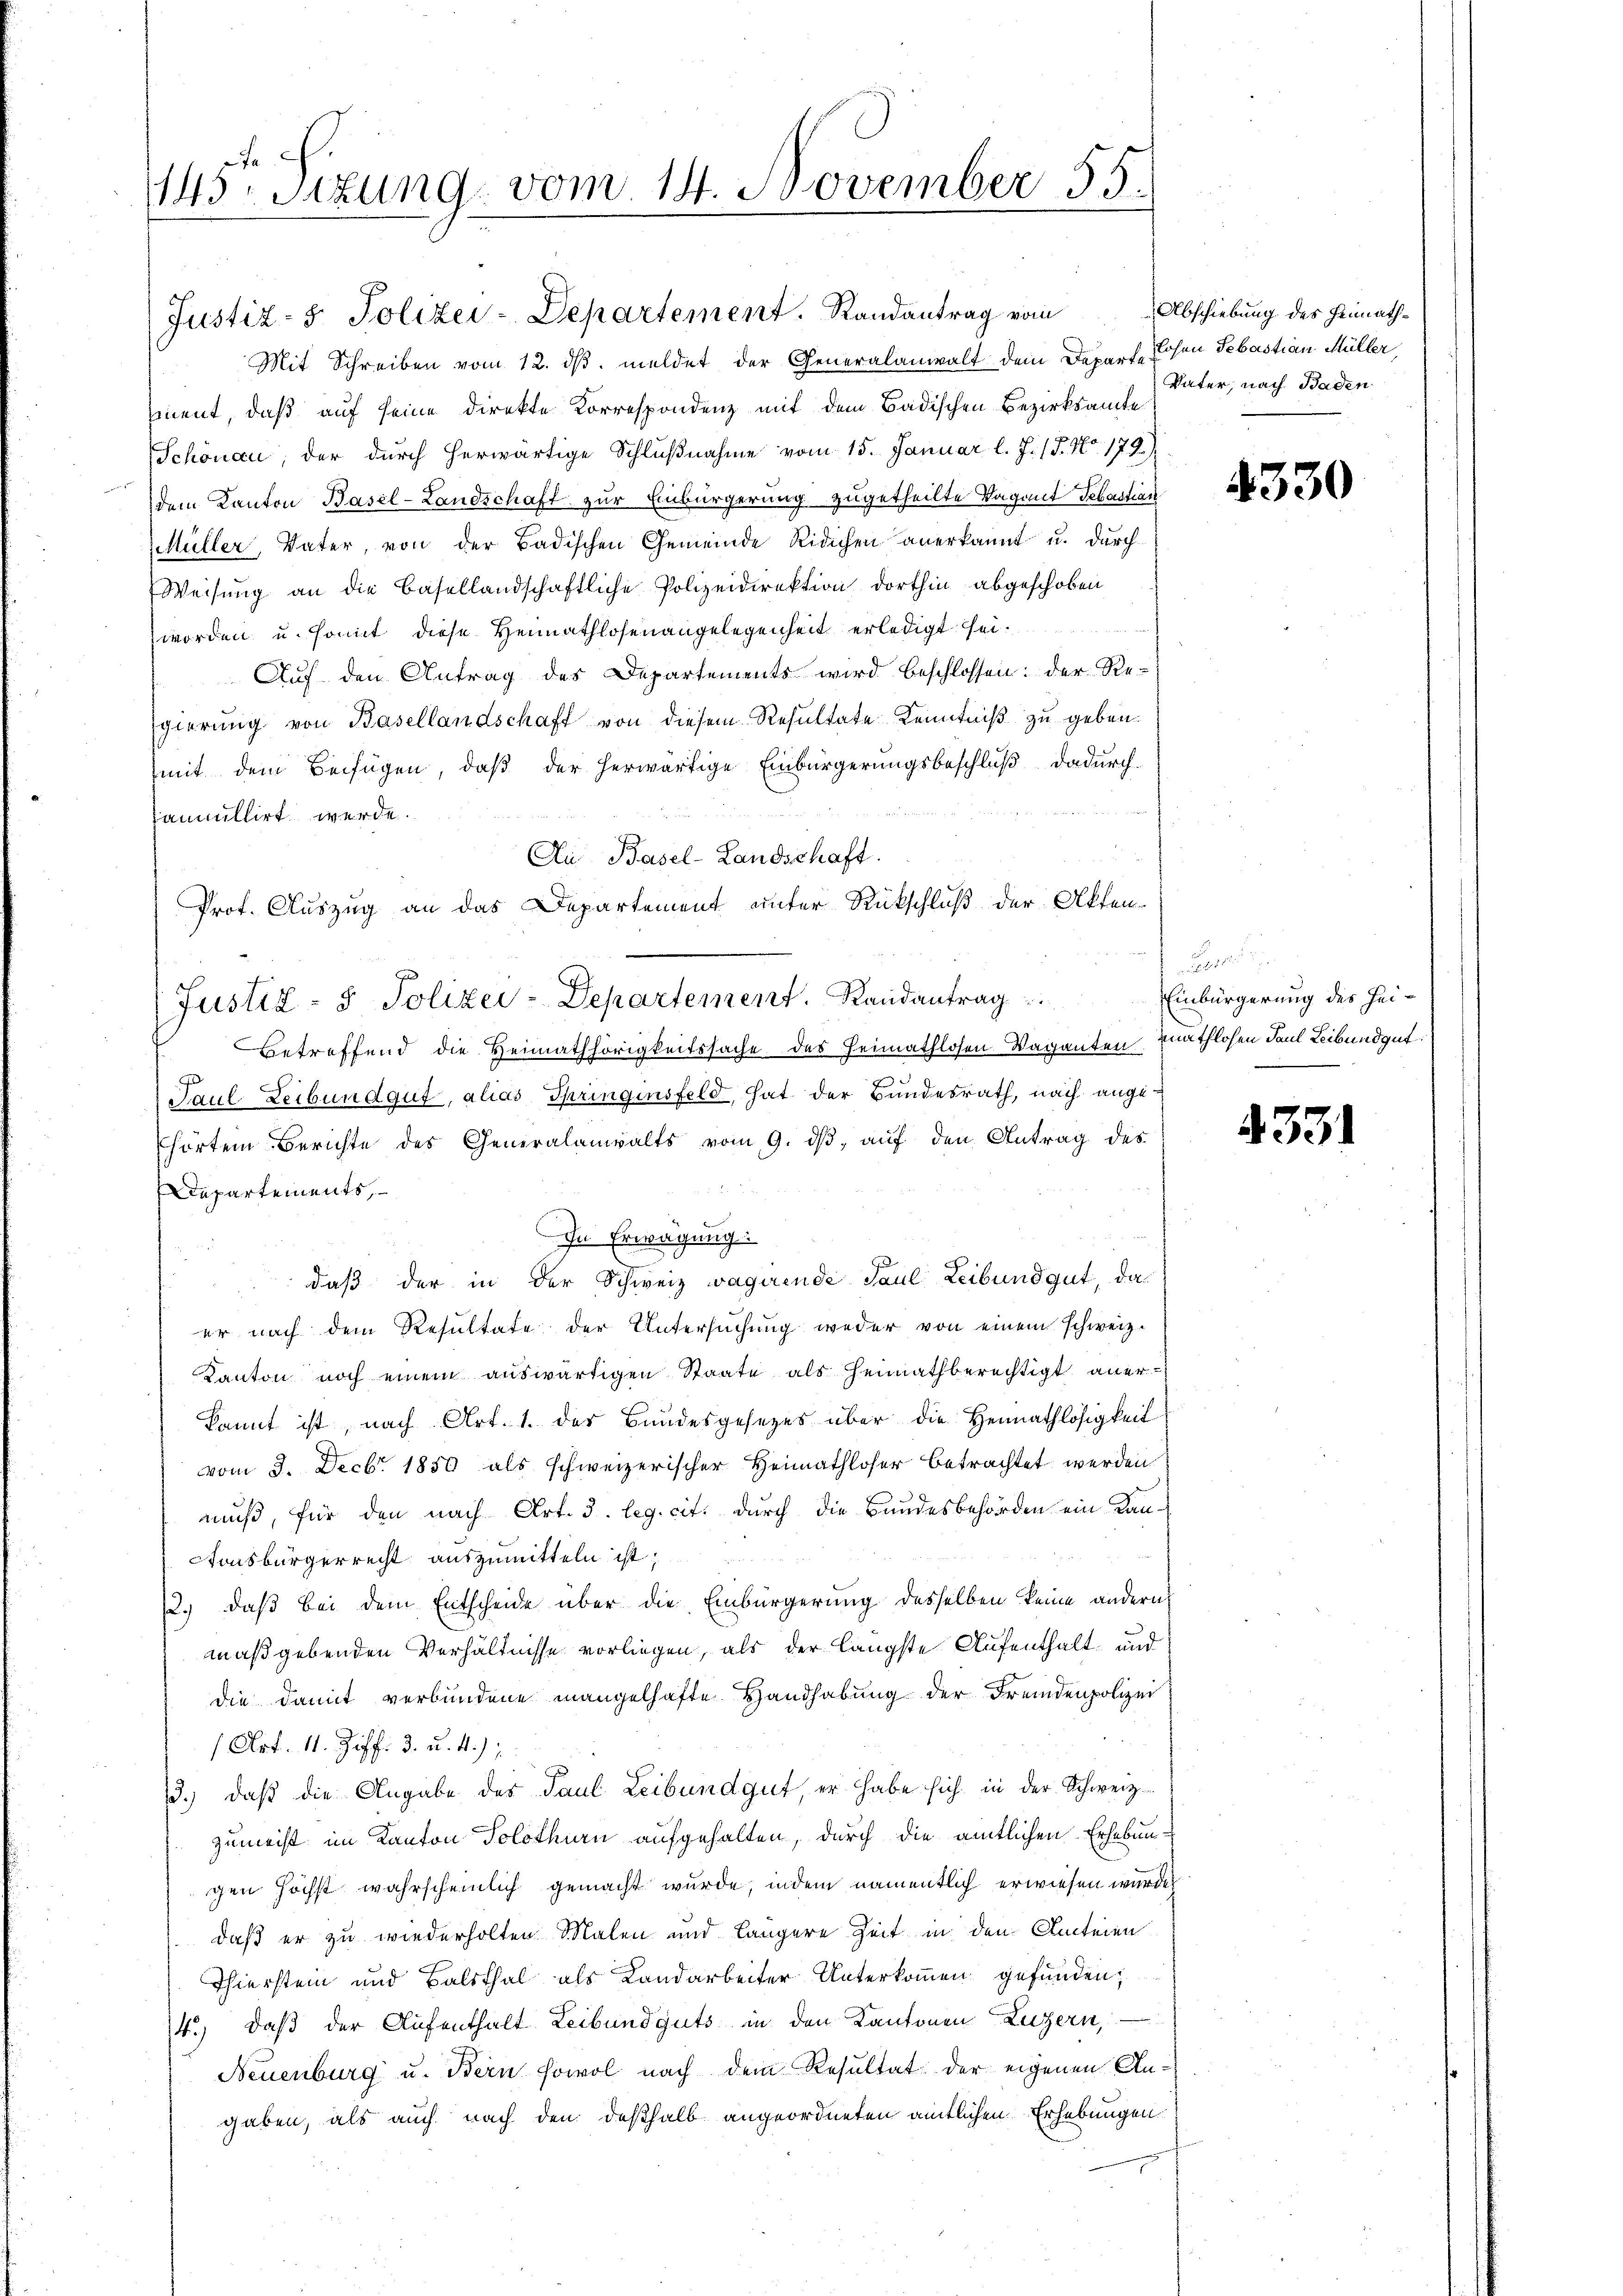
145. Sizung vom 14. November 55.

Justiz- & Polizei-Departement. Randantrag vom
Mit Schreiben vom 12. ds. meldet der Generalanwalt dem Departe Lochen Sebastian Müller,
sment, daß auf seine direkte Korrespondenz mit dem Badischen Bezirksamte
Schönau, der durch herwärtige Schlußnahme vom 15. Januar l. J. 17. No. 179.)
dem Kanton Basel-Landschaft zur Einbürgerung zugetheilte Vagant Sebastian
Müller, Vater, von der Badischen Gemeinde Ridichen anerkannt u. durch
Weisung an die Basellandschaftliche Polizeidirektion dorthin abgeschoben
worden u. somit diese Heimathlosenangelegenheit erledigt sei.
Aŭf den Antrag des Departements wird beschlossen: der Re-
gierung von Basellandschaft von diesem Resultate Kenntniß zu geben.
mit dem Beifügen, daß der herwärtige Einbürgerungsbeschluß dadurch
anullirt werde.
Au Basel-Landschaft.
Prof. Auszug an das Departement unter Rückschluß der Akten-
Betreffend die Heimathörigkeitssache des Heimathlosen Vaganten mathlosen Paul Leibendgut.
Paul Leibundgut, alias Springinsfeld, hat der Bundesrath, nach angehörten Berichte des Generalanwalts vom 9. dβ, auf den Antrag des
Departements,
In Erwägung:
daß der in der Schweiz vagirende Paul Leibundgut, das
er nach dem Resultate der Untersuchung weder von einem schweiz.
Kanton noch einem auswärtigen Staate als Heimathberechtigt aner-
kannt ist, nach Art. 1. des Bundesgesetzes über die Heimathlosigkeit
vom 9. Decbr. 1850 als schweizerischer Heimathloser betrachtet werden
muß, für den nach Art. 3. leg. cit. durch die Bundesbehörden ein Kan¬
Atonsbürgerrecht auszumitteln ist;
13., daß bei dem Entscheide über die Einbürgerung desselben keine andern,
maßgebenden Verhältnisse vorliegen, als der längste Aufenthalt und
die damit verbundene mangelhafte Handhabung der Fremdenpolizei
(Art. 11. Ziff. 3. u. 4.);
13.) daß die Angabe des Paul Leibundgut er habe sich in der Schweiz
zumeist im Kanton Solothurn aufgehalten, durch die amtlichen Erhebungen höchst wahrscheinlich gemacht wurde, indem namentlich erwiesen wurde
daß er zu wiederholten Malen und längere Zeit in den Anteien
Thierstein und Balsthal als Landarbeiter Unterkommen gefunden;
14.) Daß der Aufenthalt Leibundguts in den Kantonen Luzern,
Neuenburg u. Bern sowol nach dem Resultat der eigenen Angaben, als auch nach den deßhalb angeordneten amtlichen Erhebungen

Justiz- & Polizei-Departement. Randantrag

Abschiebung des Heimath¬
Vater, nach Baden

4330

Einbürgerung des Hei¬

4331